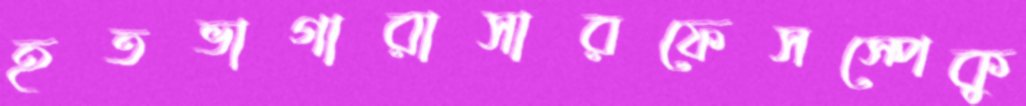
হতভাগারাসারফেসস্পেকু